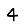
Digit: 4